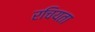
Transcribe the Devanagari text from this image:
रचियता